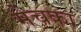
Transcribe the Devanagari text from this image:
मेचका